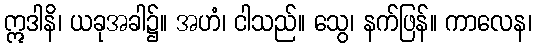
ဣဒါနိ၊ ယခုအခါ၌။ အဟံ၊ ငါသည်။ သွေ၊ နက်ဖြန်။ ကာလေန၊